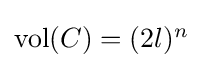
{\textstyle {\text{vol}}(C)=(2l)^{n}}